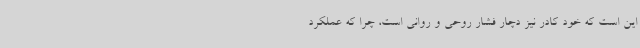
این است که خود کادر نیز دچار فشار روحی و روانی است، چرا که عملکرد